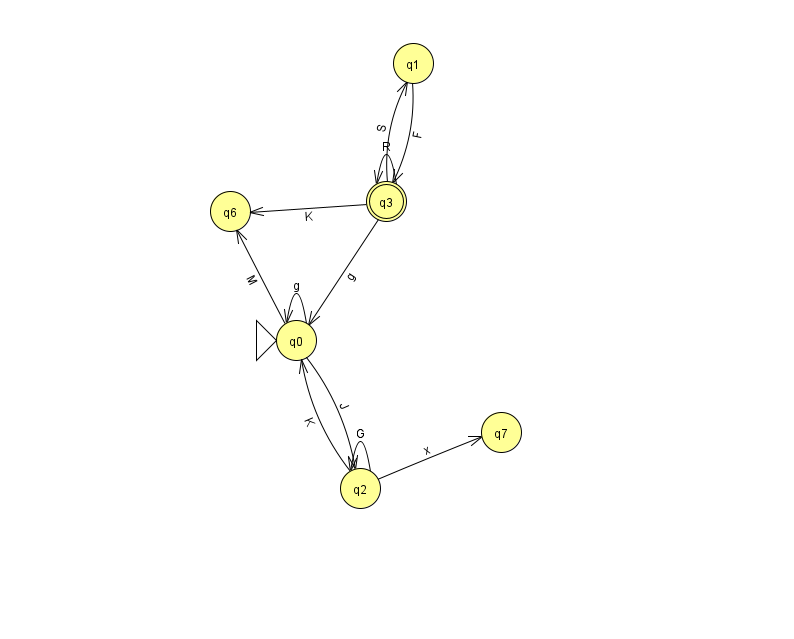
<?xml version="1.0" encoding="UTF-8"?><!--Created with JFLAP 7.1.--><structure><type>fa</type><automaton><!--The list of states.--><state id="0" name="q0"><x>296.0</x><y>327.0</y><initial/></state><state id="1" name="q1"><x>413.0</x><y>50.0</y></state><state id="2" name="q2"><x>360.0</x><y>475.0</y></state><state id="3" name="q3"><x>386.0</x><y>188.0</y><final/></state><state id="6" name="q6"><x>230.0</x><y>198.0</y></state><state id="7" name="q7"><x>501.0</x><y>419.0</y></state><!--The list of transitions.--><transition><from>0</from><to>6</to><read>M</read></transition><transition><from>3</from><to>3</to><read>R</read></transition><transition><from>0</from><to>0</to><read>g</read></transition><transition><from>2</from><to>2</to><read>G</read></transition><transition><from>1</from><to>3</to><read>F</read></transition><transition><from>2</from><to>7</to><read>x</read></transition><transition><from>0</from><to>2</to><read>J</read></transition><transition><from>2</from><to>0</to><read>K</read></transition><transition><from>3</from><to>0</to><read>g</read></transition><transition><from>3</from><to>1</to><read>S</read></transition><transition><from>3</from><to>6</to><read>K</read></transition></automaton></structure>